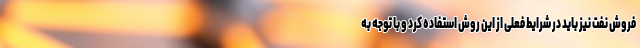
فروش نفت نیز باید در شرایط فعلی از این روش استفاده کرد و با توجه به